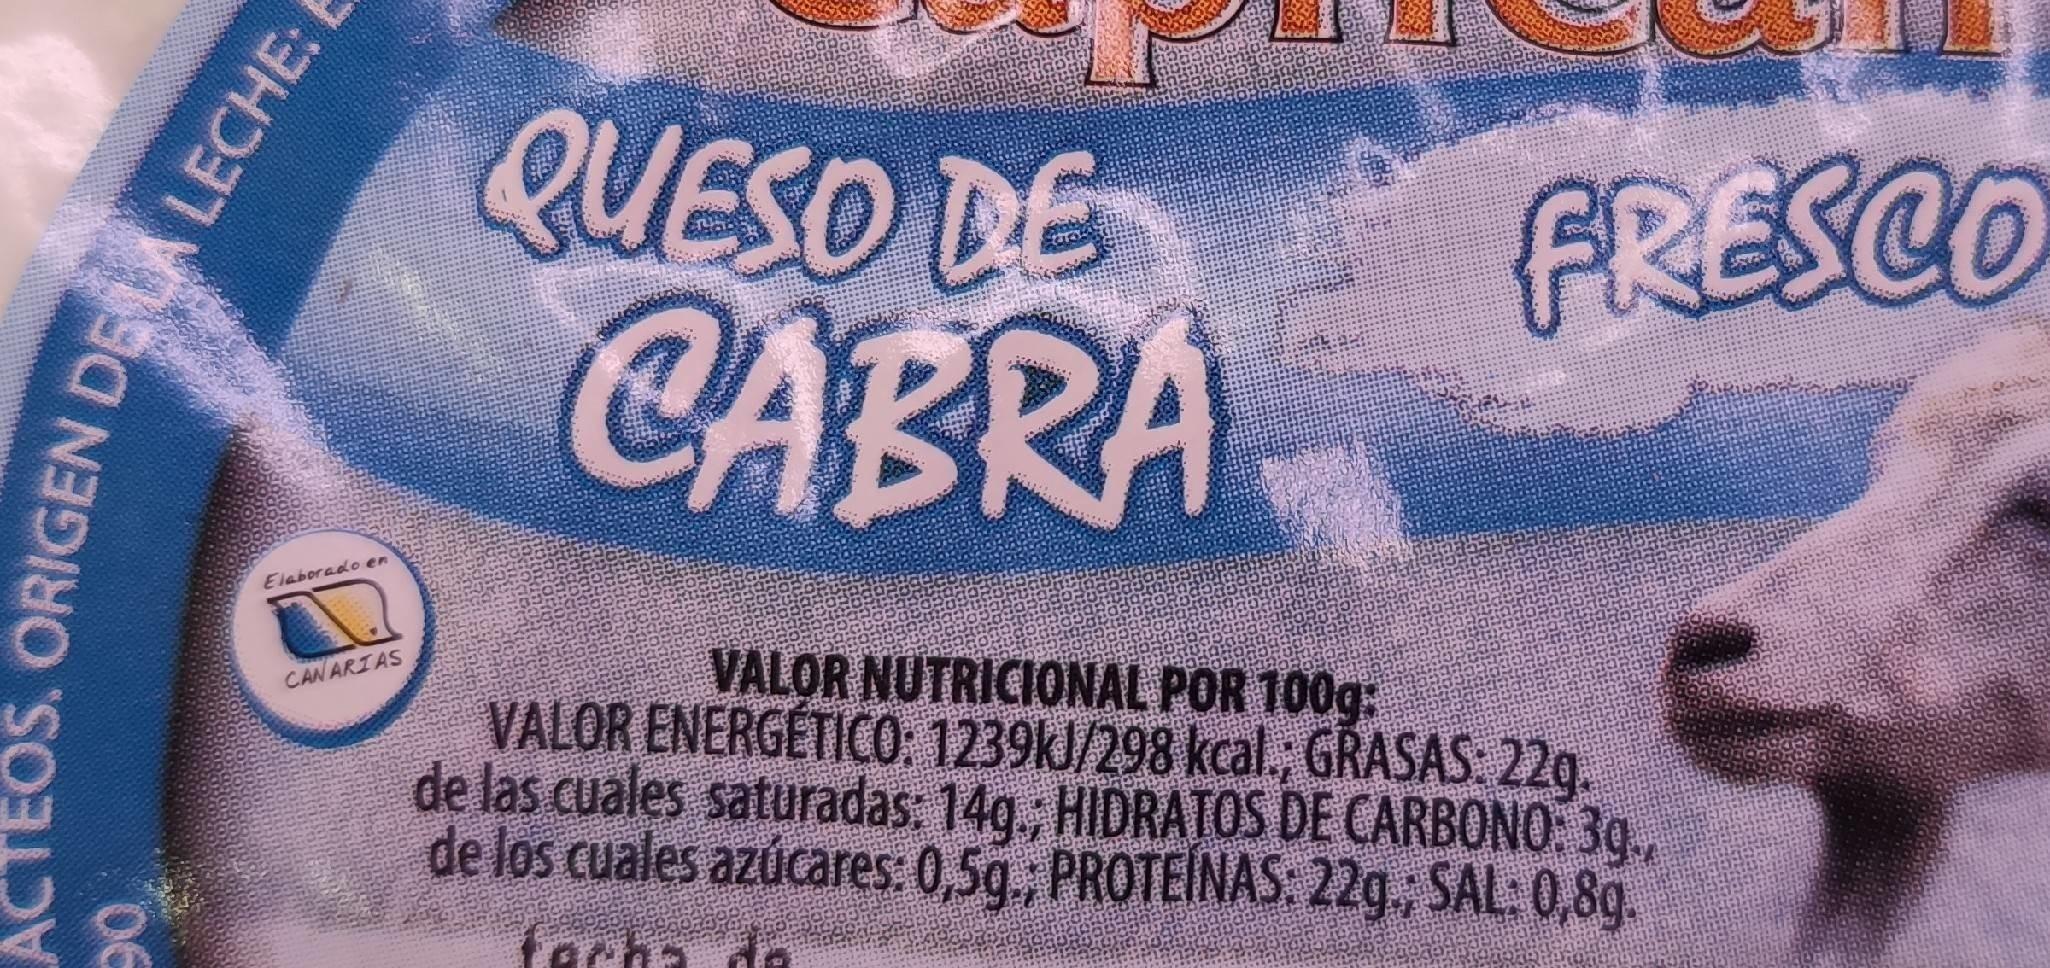
QUESO DE
FRESCO
CABRA
Elaborado en
VALOR NUTRICIONAL POR 100g: VALOR ENERGÉTICO: 1239KJ/298 kcal., GRASAS: 22g. de las cuales saturadas: 14g, HIDRATOS DE CARBONO: 3g., de los cuales azúcares: 0,5g., PROTEINAS: 22g., SAL: 0,8g.
CANARIAS
tacha de
ACTEOS. ORIGEN DELA LECHE: E